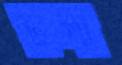
টলা